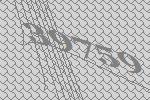
39759